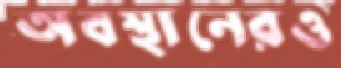
অবস্থানেরও